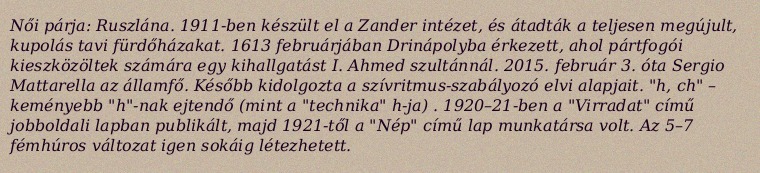
Női párja: Ruszlána. 1911-ben készült el a Zander intézet, és átadták a teljesen megújult, kupolás tavi fürdőházakat. 1613 februárjában Drinápolyba érkezett, ahol pártfogói kieszközöltek számára egy kihallgatást I. Ahmed szultánnál. 2015. február 3. óta Sergio Mattarella az államfő. Később kidolgozta a szívritmus-szabályozó elvi alapjait. "h, ch" – keményebb "h"-nak ejtendő (mint a "technika" h-ja) . 1920–21-ben a "Virradat" című jobboldali lapban publikált, majd 1921-től a "Nép" című lap munkatársa volt. Az 5–7 fémhúros változat igen sokáig létezhetett.